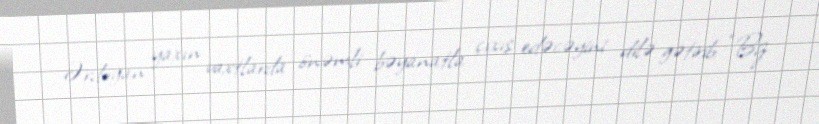
Ərdoğan yaxın vaxtlarda önəmli bəyanatla çıxış edəcəyini dilə gətirib: “Biz